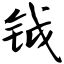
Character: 钺